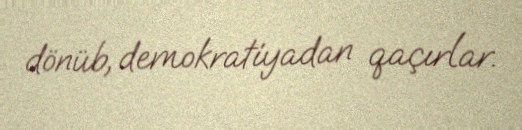
dönüb, demokratiyadan qaçırlar.